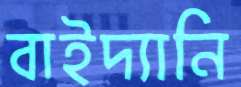
বাইদ্যানি